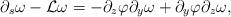
LaTeX: \begin{align*}\partial_s \omega - \mathcal{L}\omega = - \partial_z \varphi \partial_y \omega + \partial_y \varphi \partial_z \omega,\end{align*}